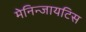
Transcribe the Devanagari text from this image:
मेनिन्जायटिस